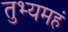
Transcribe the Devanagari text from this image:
तुभ्यमहं